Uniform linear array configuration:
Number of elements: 32
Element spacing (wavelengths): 0.75
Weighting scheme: exponential
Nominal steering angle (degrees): -45
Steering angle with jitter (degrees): -44.454
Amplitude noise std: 0.05
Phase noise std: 0.05

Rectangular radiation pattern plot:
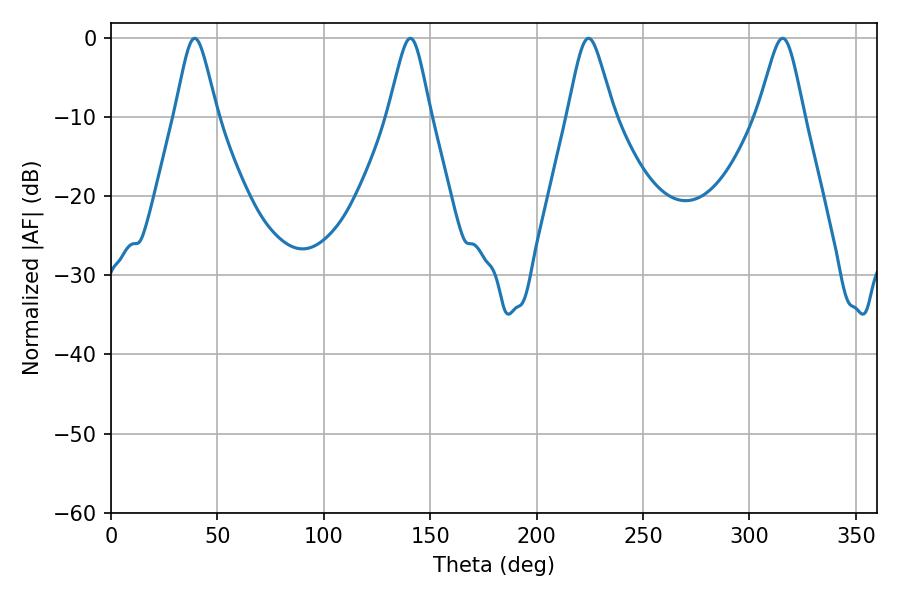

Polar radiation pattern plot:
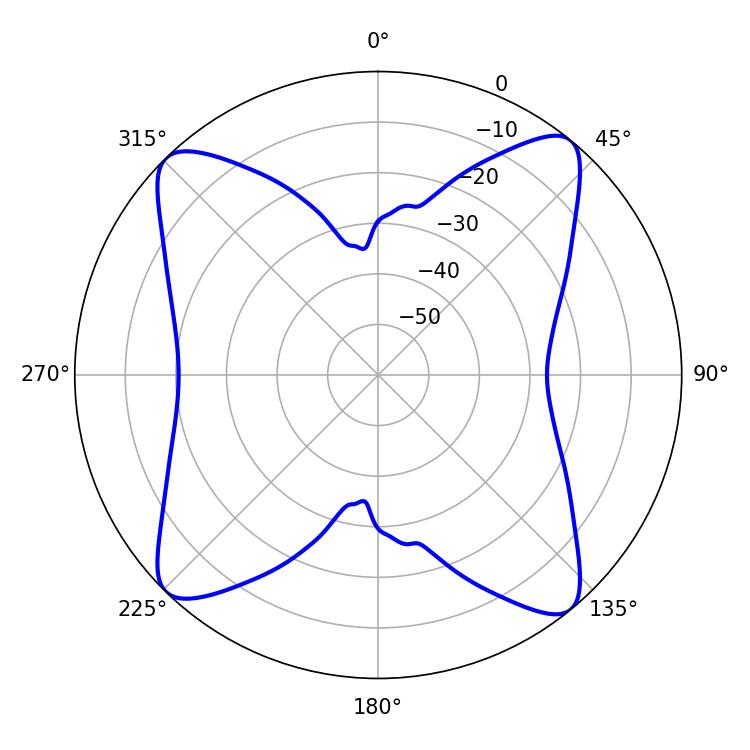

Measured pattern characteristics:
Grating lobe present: TRUE
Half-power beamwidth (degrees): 10.44
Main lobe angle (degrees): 224.46